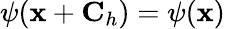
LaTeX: \psi({\mathbf x}+{\mathbf C}_{h})=\psi({\mathbf x})